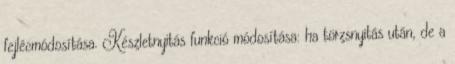
fejlécmódosítása. Készletnyitás funkció módosítása: ha törzsnyitás után, de a